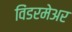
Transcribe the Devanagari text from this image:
विंडरमेअर